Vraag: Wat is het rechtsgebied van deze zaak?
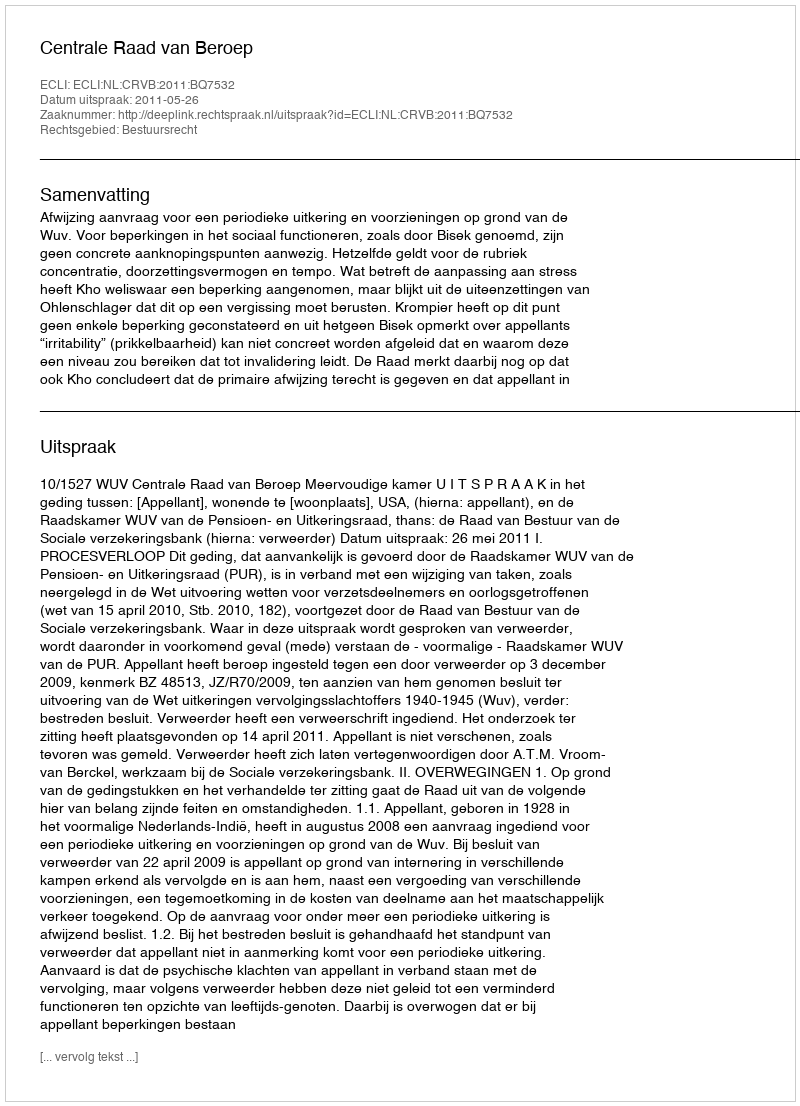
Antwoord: Bestuursrecht